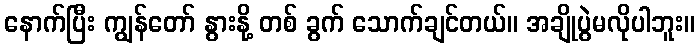
နောက်ပြီး ကျွန်တော် နွားနို့ တစ် ခွက် သောက်ချင်တယ်။ အချိုပွဲမလိုပါဘူး။